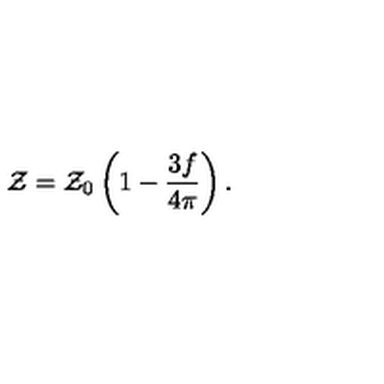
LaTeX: { \cal Z } = { \cal Z } _ { 0 } \left( 1 - \frac { 3 f } { 4 \pi } \right) .